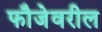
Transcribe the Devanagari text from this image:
फौजेवरील